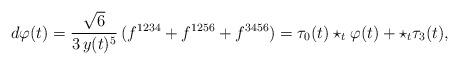
LaTeX: \begin{align*}d\varphi (t)=\frac{\sqrt{6}}{3\,y(t)^5}\,(f^{1234}+f^{1256}+f^{3456})=\tau_0(t)\star_t\varphi(t)+\star_t\tau_3(t),\end{align*}